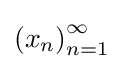
\left(x_{n}\right)_{n=1}^{\infty }